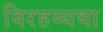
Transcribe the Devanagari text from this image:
विरहव्यथा